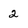
Character: 2